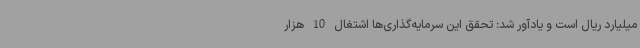
میلیارد ریال است و یادآور شد: تحقق این سرمایه‌گذاری‌ها اشتغال 10 هزار